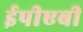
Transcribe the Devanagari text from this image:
ईपीएबी